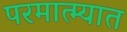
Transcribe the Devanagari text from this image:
परमात्म्यात